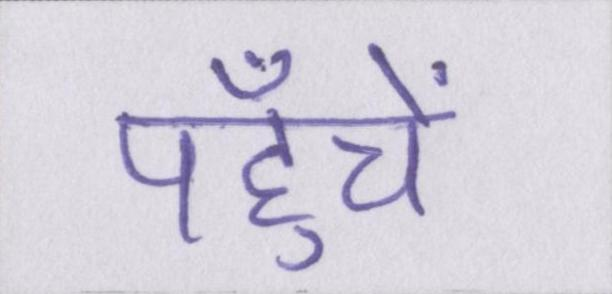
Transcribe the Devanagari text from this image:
पहुँचें